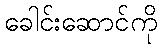
ခေါင်းဆောင်ကို